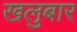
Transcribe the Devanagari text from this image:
खलुबार